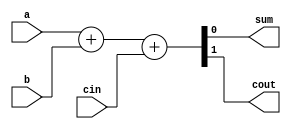
module full_adder_data_flow(sum,cout,a,b,cin);
output sum,cout;
input a,b,cin;

assign {cout,sum} = a + b + cin;

endmodule